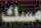
مسك